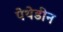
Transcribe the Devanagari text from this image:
पेथेडीन